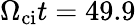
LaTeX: \Omega_{\mathrm{ci}}t=49.9